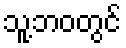
သူ့ဘဝတွင်